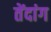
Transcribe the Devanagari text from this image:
तेंदांग